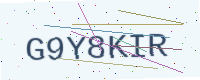
Text: G9Y8KIR